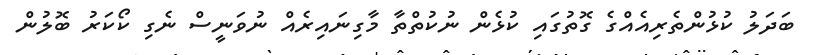
ބަދަލު ކުޅުންތެރިއެއްގެ ގޮތުގައި ކުޅެން ނުކުތްތާ މާގިނައިރެއް ނުވަނީސް ނެގި ކޯކަރު ބޮލުން